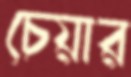
চেয়ার